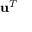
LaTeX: \mathbf { u } ^ { T }